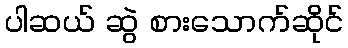
ပါဆယ် ဆွဲ စားသောက်ဆိုင်